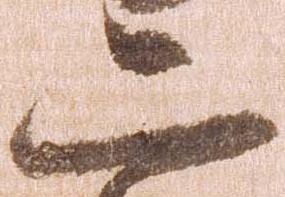
二